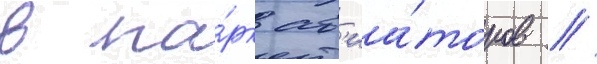
в па́рк ав'иа́торов /